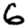
Digit: 6